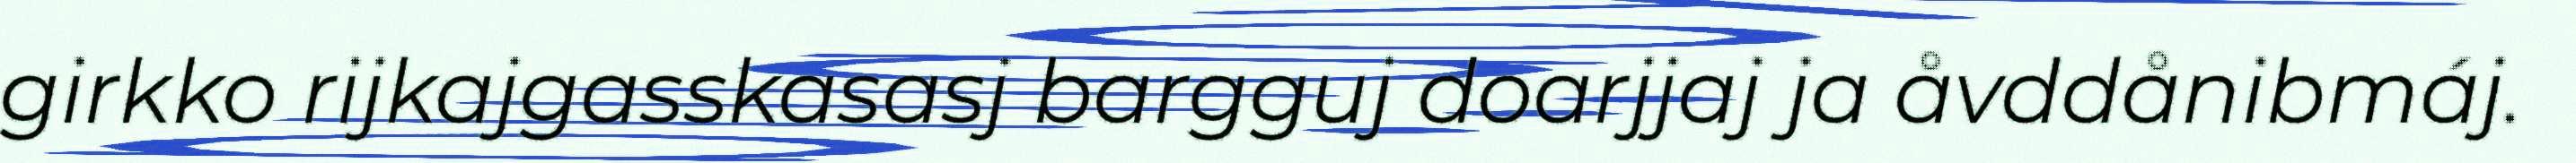
girkko rijkajgasskasasj bargguj doarjjaj ja åvddånibmáj.